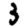
Digit: 3